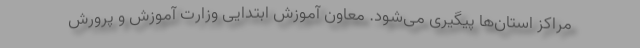
مراکز استان‌ها پیگیری می‌شود. معاون آموزش ابتدایی وزارت آموزش و پرورش